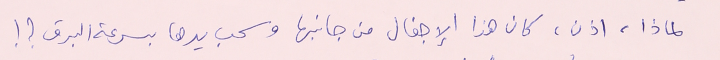
لماذا، اذن، كان هذا الإجفال من جانبها وسحب يدها بسرعة البرق ؟ !